Indian journal of veterinary science and animal husbandry - Volume 4,
Year: 1934
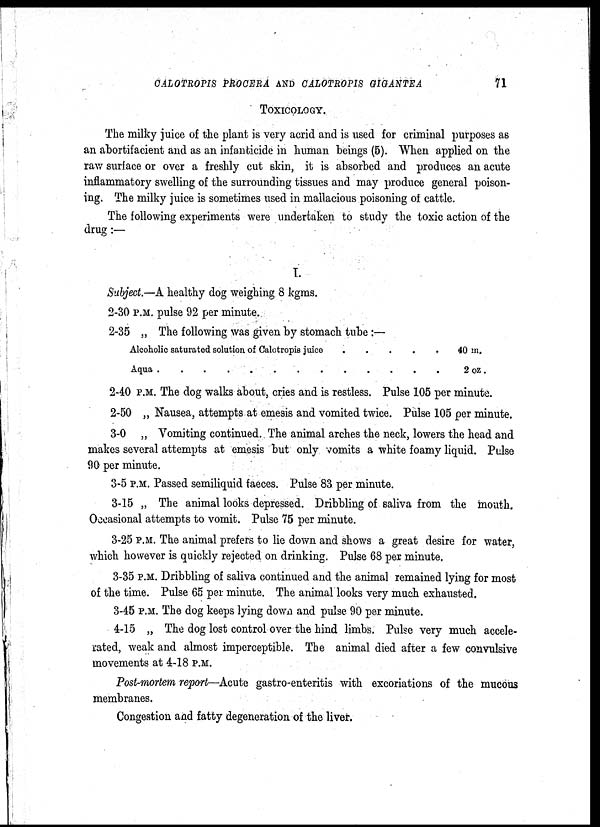
CALOTROPIS PROCERA AND CALOTROPIS GIGANTEA
71
TOXICOLOGY.
The milky juice of the plant is very acrid and is used for criminal purposes as
an abortifacient and as an infanticide in human beings (5). When applied on the
raw surface or over a freshly cut skin, it is absorbed and produces an acute
inflammatory swelling of the surrounding tissues and may produce general poison-
ing. The milky juice is sometimes used in mallacious poisoning of cattle.
The following experiments were undertaken to study the toxic action of the
drug :—
I.
Subject.—A healthy dog weighing 8 kgms.
2-30 P.M. pulse 92 per minute.
2-35 „ The following was given by stomach tube :—
Alcoholic saturated solution of Calotropis juice
.
.
.
.
40 m.
Aqua
2 oz.
2-40 P.M. The dog walks about, cries and is restless. Pulse 105 per minute.
2-50 „ Nausea, attempts at emesis and vomited twice. Pulse 105 per minute.
3-0 „ Vomiting continued. The animal arches the neck, lowers the head and
makes several attempts at emesis but only vomits a white foamy liquid. Pulse
90 per minute.
3-5 P.M. Passed semiliquid faeces. Pulse 83 per minute.
3-15 „ The animal looks depressed. Dribbling of saliva from the mouth.
Occasional attempts to vomit. Pulse 75 per minute.
3-25 P.M. The animal prefers to lie down and shows a great desire for water,
which however is quickly rejected on drinking. Pulse 68 per minute.
3-35 P.M. Dribbling of saliva continued and the animal remained lying for most
of the time. Pulse 65 per minute. The animal looks very much exhausted.
3-45 P.M. The dog keeps lying down and pulse 90 per minute.
4-15 „ The dog lost control over the hind limbs. Pulse very much accele-
rated, weak and almost imperceptible. The animal died after a few convulsive
movements at 4-18 P.M.
Post-mortem report—Acute gastro-enteritis with excoriations of the mucous
membranes.
Congestion and fatty degeneration of the liver.